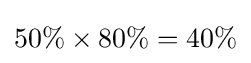
50\%\times 80\%=40\%